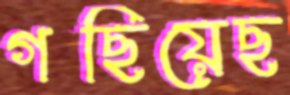
গছিয়েছ